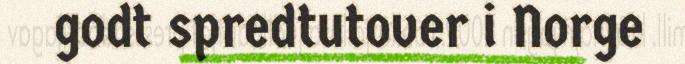
godt spredtutover i Norge